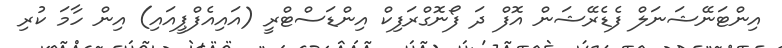
އިންޓަނޭޝަނަލް ފެޑެރޭޝަން އޮފް ދަ ފޯނޮގްރަފިކް އިންޑަސްޓްރީ (އައިއެފްޕީއައި) އިން ހާމަ ކުރި